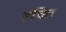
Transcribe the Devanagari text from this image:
रुचित